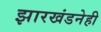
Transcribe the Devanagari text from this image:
झारखंडनेही